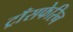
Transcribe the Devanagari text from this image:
ट्राँसफेरिन